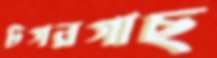
টগরগাছ